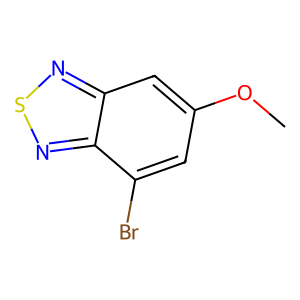
SMILES: COc1cc(Br)c2nsnc2c1
Inhibits HIV replication: No